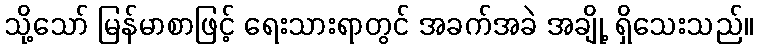
သို့သော် မြန်မာစာဖြင့် ရေးသားရာတွင် အခက်အခဲ အချို့ ရှိသေးသည်။